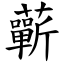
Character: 蘄